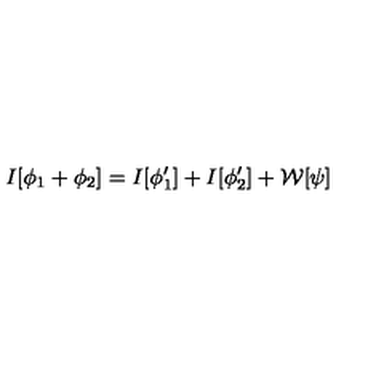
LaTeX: I [ \phi _ { 1 } + \phi _ { 2 } ] = I [ \phi _ { 1 } ^ { \prime } ] + I [ \phi _ { 2 } ^ { \prime } ] + { \cal W } [ \psi ]